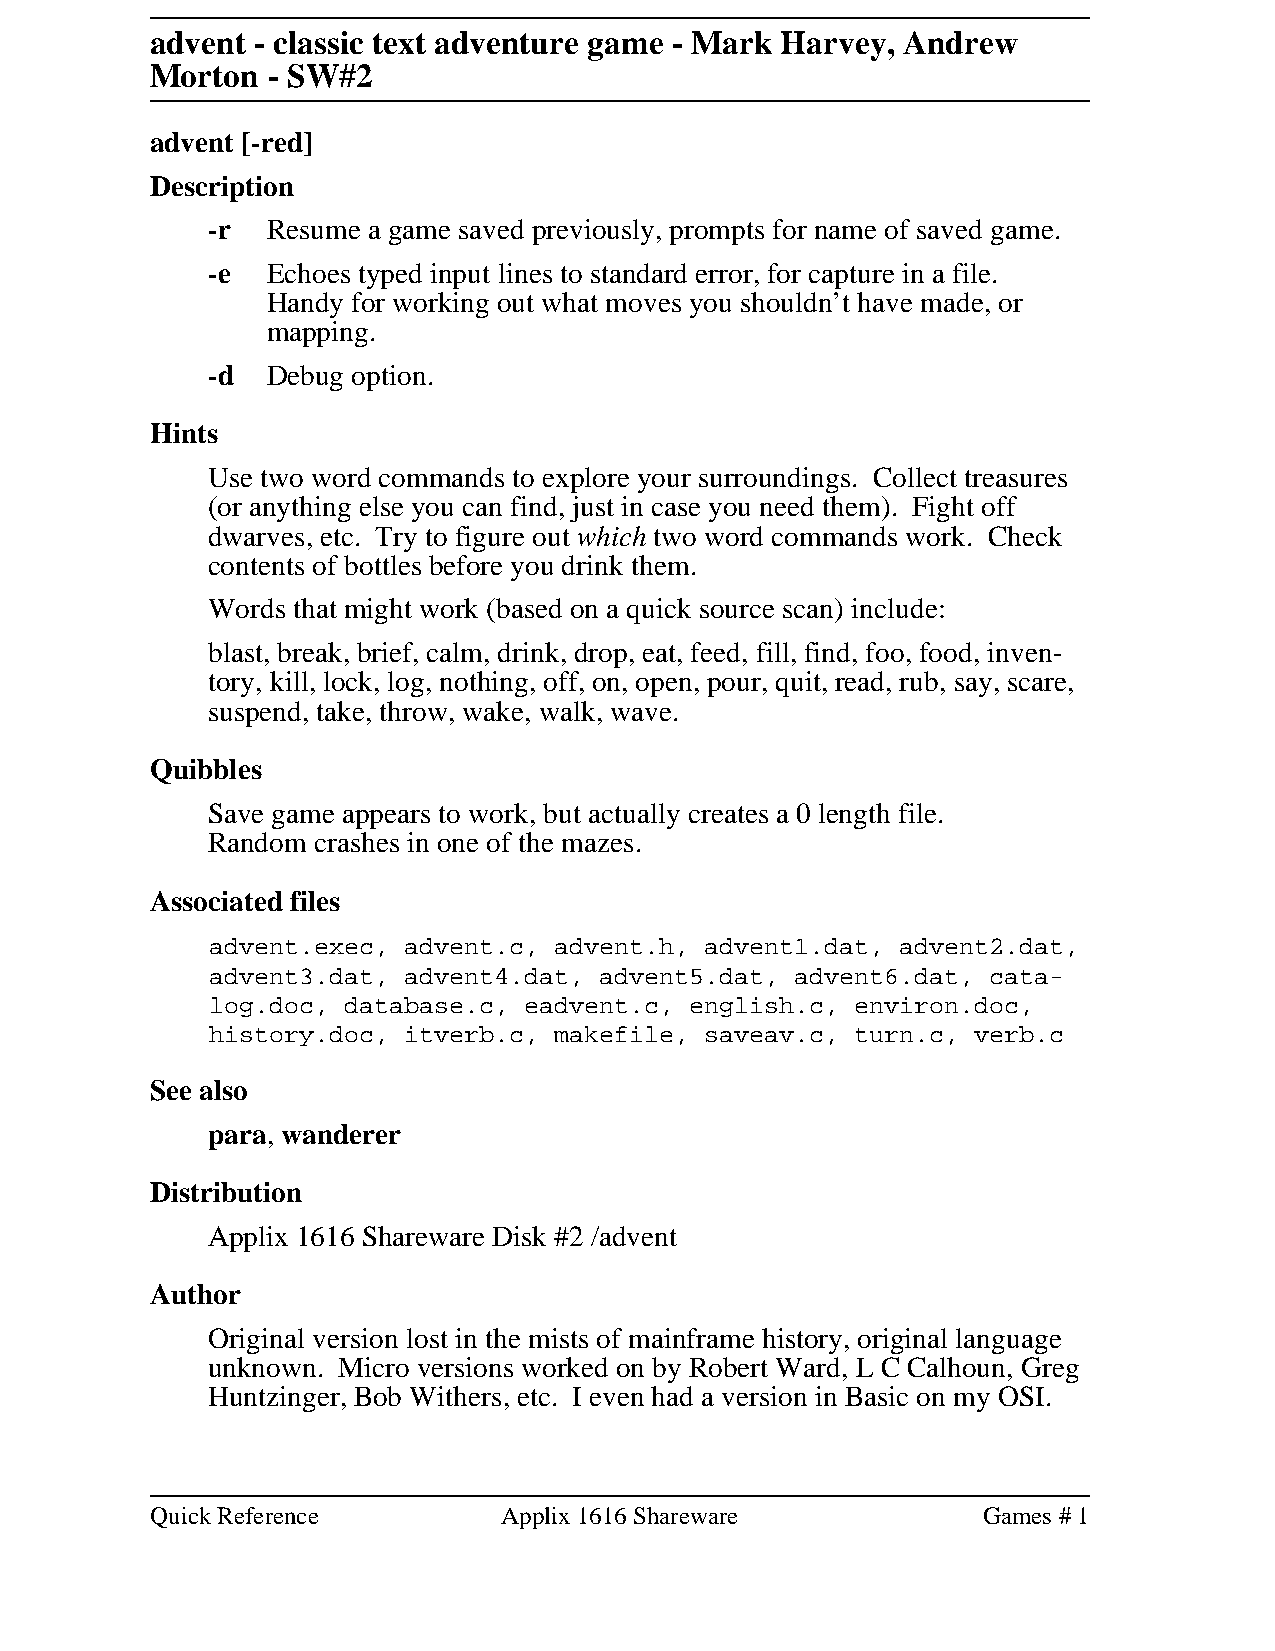
advent - classic text adventure game - Mark Harvey, Andrew
 Morton  - SW#2
 advent [-red]
 Description
 -r  Resume a game saved previously, prompts for name of saved game.
 -e  Echoes typed input lines to standard error, for capture in a file.
 Handy for working out what moves you shouldn’t have made, or
 mapping.
 -d  Debug option.
 Hints
 Use two word commands to explore your surroundings. Collect treasures
 (or anything else you can find, just in case you need them). Fight off
 dwarves, etc. Try to figure out which two word commands work. Check
 contents of bottles before you drink them.
 Words that might work (based on a quick source scan) include:
 blast, break, brief, calm, drink, drop, eat, feed, fill, find, foo, food, inven-
 tory, kill, lock, log, nothing, off, on, open, pour, quit, read, rub, say, scare,
 suspend, take, throw, wake, walk, wave.
 Quibbles
 Save game appears to work, but actually creates a 0 length file.
 Random crashes in one of the mazes.
 Associated files
 advent.exec, advent.c, advent.h, advent1.dat, advent2.dat,
 advent3.dat, advent4.dat, advent5.dat, advent6.dat, cata-
 log.doc, database.c, eadvent.c, english.c, environ.doc,
 history.doc, itverb.c, makefile, saveav.c, turn.c, verb.c
 See also
 para, wanderer
 Distribution
 Applix 1616 Shareware Disk #2 /advent
 Author
 Original version lost in the mists of mainframe history, original language
 unknown. Micro versions worked on by Robert Ward, L C Calhoun, Greg
 Huntzinger, Bob Withers, etc. I even had a version in Basic on my OSI.
 Quick Reference        Applix 1616 Shareware           Games # 1